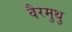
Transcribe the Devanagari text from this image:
वैरमुथु